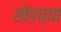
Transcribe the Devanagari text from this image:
खेडच्या